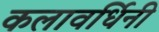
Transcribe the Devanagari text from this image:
कलावर्धिनी